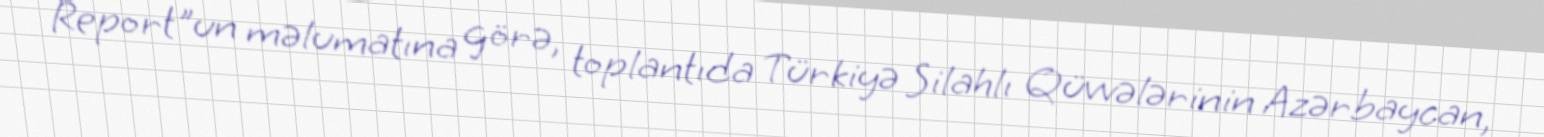
Report"un məlumatına görə, toplantıda Türkiyə Silahlı Qüvvələrinin Azərbaycan,